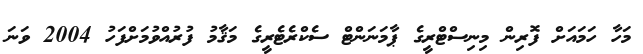
މަހާ ހަމައަށް ފޮރިން މިނިސްޓްރީގެ ޕާމަނަންޓް ސެކްރެޓެރީގެ މަޤާމު ފުރުއްވުމަށްފަހު 2004 ވަނަ